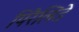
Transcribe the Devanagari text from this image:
पिरैलिडे